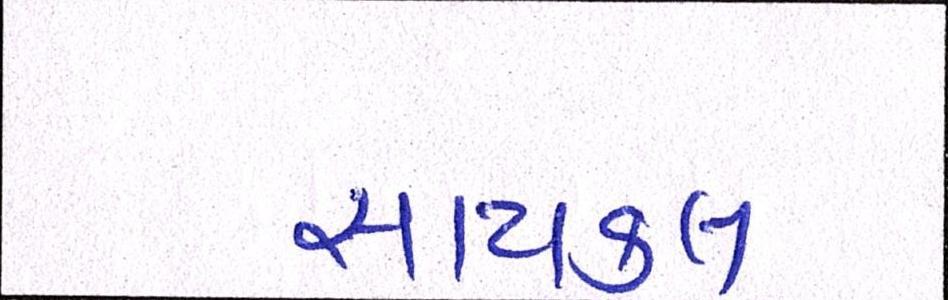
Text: સાયકલ